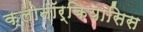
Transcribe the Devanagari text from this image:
क्लोनॉर्कियासिस